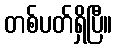
တစ်ပတ်ရှိပြီ။